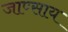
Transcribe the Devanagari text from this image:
जाण्साय